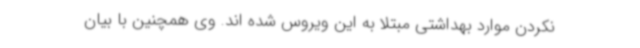
نکردن موارد بهداشتی مبتلا به این ویروس شده اند. وی همچنین با بیان